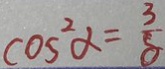
\cos ^ { 2 } \alpha = \frac { 3 } { 8 }